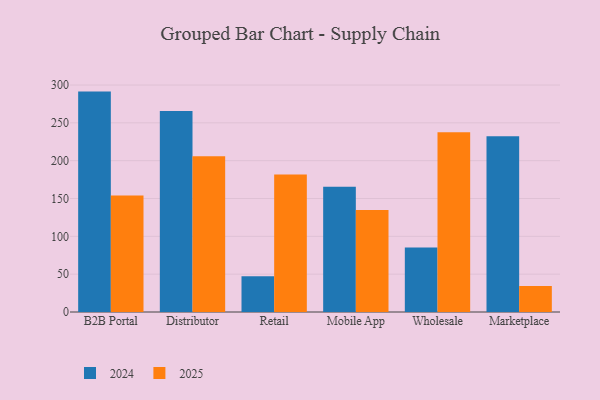
{"axis": {"x": "Channel", "y": "Satisfaction Score"}, "legend": ["2024", "2025"], "data": [{"x": "B2B Portal", "y": 291.3, "type": "2024"}, {"x": "B2B Portal", "y": 154.0, "type": "2025"}, {"x": "Distributor", "y": 265.5, "type": "2024"}, {"x": "Distributor", "y": 205.7, "type": "2025"}, {"x": "Retail", "y": 47.1, "type": "2024"}, {"x": "Retail", "y": 181.6, "type": "2025"}, {"x": "Mobile App", "y": 165.4, "type": "2024"}, {"x": "Mobile App", "y": 134.8, "type": "2025"}, {"x": "Wholesale", "y": 85.2, "type": "2024"}, {"x": "Wholesale", "y": 237.6, "type": "2025"}, {"x": "Marketplace", "y": 232.2, "type": "2024"}, {"x": "Marketplace", "y": 34.4, "type": "2025"}]}